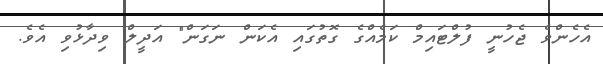
އެހެންވެ ޖެހުނީ ފުލްޓައިމް ކަމެއްގެ ގޮތުގައި އެކަން ނަގަން" އަދީލް ވިދާޅުވި އެވެ.